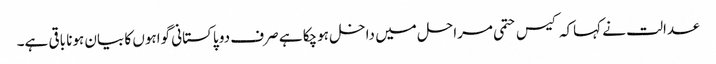
عدالت نے کہاکہ کیس حتمی مراحل میں داخل ہوچکا ہے صرف دو پاکستانی گواہوں کا بیان ہونا باقی ہے۔